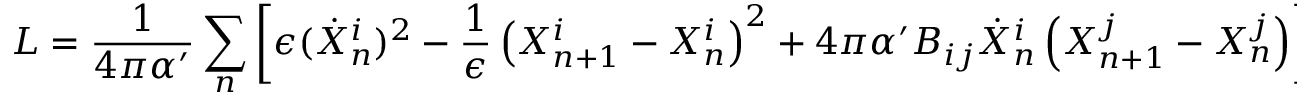
L = \frac { 1 } { 4 \pi \alpha ^ { \prime } } \sum _ { n } \left[ \epsilon ( \dot { X } _ { n } ^ { i } ) ^ { 2 } - \frac { 1 } { \epsilon } \left( X _ { n + 1 } ^ { i } - X _ { n } ^ { i } \right) ^ { 2 } + 4 \pi \alpha ^ { \prime } B _ { i j } \dot { X } _ { n } ^ { i } \left( X _ { n + 1 } ^ { j } - X _ { n } ^ { j } \right) \right]